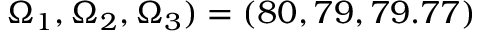
\Omega _ { 1 } , \Omega _ { 2 } , \Omega _ { 3 } ) = ( 8 0 , 7 9 , 7 9 . 7 7 )